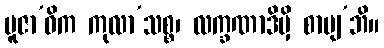
ပူဇာ’ဓိက ကုလာ’သစ္စ၊ လက္ခဏာဒိမှိ စာပျ’ဘိ။